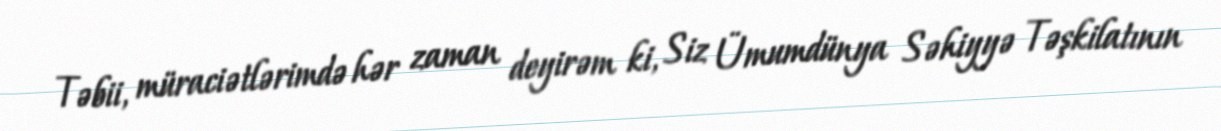
Təbii, müraciətlərimdə hər zaman deyirəm ki, Siz Ümumdünya Səhiyyə Təşkilatının